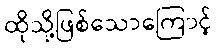
ထိုသို့ဖြစ်သောကြောင့်